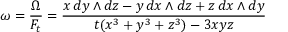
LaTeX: \omega = { \frac { \Omega } { F _ { t } } } = { \frac { x \, d y \wedge d z - y \, d x \wedge d z + z \, d x \wedge d y } { t ( x ^ { 3 } + y ^ { 3 } + z ^ { 3 } ) - 3 x y z } }